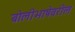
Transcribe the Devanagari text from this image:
बोलीभाषेवरील